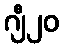
ဂျီ၂၀